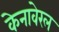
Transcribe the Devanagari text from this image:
केनावेरल